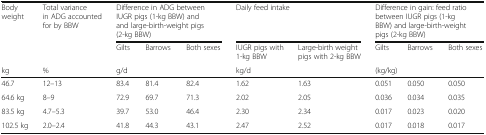
<table><thead><tr><td rowspan="2"><b>Body weight</b></td><td rowspan="2"><b>Total variance in ADG accounted for by BBW</b></td><td colspan="3"><b>Difference in ADG between IUGR pigs (1-kg BBW) and and large-birth-weight pigs (2-kg BBW)</b></td><td colspan="2"><b>Daily feed intake</b></td><td colspan="3"><b>Difference in gain: feed ratio between IUGR pigs (1-kg BBW) and large-birth-weight pigs (2-kg BBW)</b></td></tr><tr><td><b>Gilts</b></td><td><b>Barrows</b></td><td><b>Both sexes</b></td><td><b>IUGR pigs with 1-kg BBW</b></td><td><b>Large-birth weight pigs with 2-kg BBW</b></td><td><b>Gilts</b></td><td><b>Barrows</b></td><td><b>Both sexes</b></td></tr><tr><td><b>kg</b></td><td><b>%</b></td><td colspan="3"><b>g/d</b></td><td colspan="2"><b>kg/d</b></td><td colspan="3"><b>(kg/kg)</b></td></tr></thead><tbody><tr><td>46.7</td><td>12–13</td><td>83.4</td><td>81.4</td><td>82.4</td><td>1.62</td><td>1.63</td><td>0.051</td><td>0.050</td><td>0.050</td></tr><tr><td>64.6 kg</td><td>8–9</td><td>72.9</td><td>69.7</td><td>71.3</td><td>2.02</td><td>2.05</td><td>0.036</td><td>0.034</td><td>0.035</td></tr><tr><td>83.5 kg</td><td>4.7–5.3</td><td>39.7</td><td>53.0</td><td>46.4</td><td>2.30</td><td>2.34</td><td>0.017</td><td>0.023</td><td>0.020</td></tr><tr><td>102.5 kg</td><td>2.0–2.4</td><td>41.8</td><td>44.3</td><td>43.1</td><td>2.47</td><td>2.52</td><td>0.017</td><td>0.018</td><td>0.017</td></tr></tbody></table>